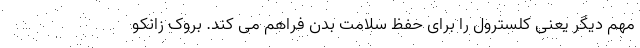
مهم دیگر یعنی کلسترول را برای حفظ سلامت بدن فراهم می کند. بروک زانکو